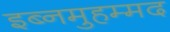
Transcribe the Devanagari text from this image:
इब्नमुहम्मद